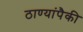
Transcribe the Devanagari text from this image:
ठाण्यांपैकी